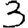
Digit: 3